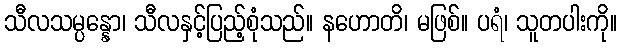
သီလသမ္ပန္နော၊ သီလနှင့်ပြည့်စုံသည်။ နဟောတိ၊ မဖြစ်။ ပရံ၊ သူတပါးကို။